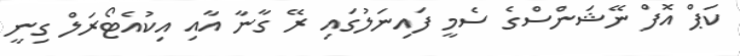
ކަޕް އޮފް ނޭޝަންސްގެ ސެމީ ފައިނަލުގައި ރޭ ގާނާ އާއި އިކުއެޓޯރަލް ގިނީ